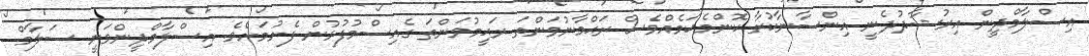
އިސްލާމްދީން އިރުޝާދުދެނީ އިންސާނާކުރާ ކޮންމެކަމެއްވެސް ރަޙްމާނުވަންތަ ރަޙީމުވަންތަ ގެއިސްމުފުޅުން ފެށުމަށެވެ. އިސްލާމްދީންވަނީ ސަލާމް